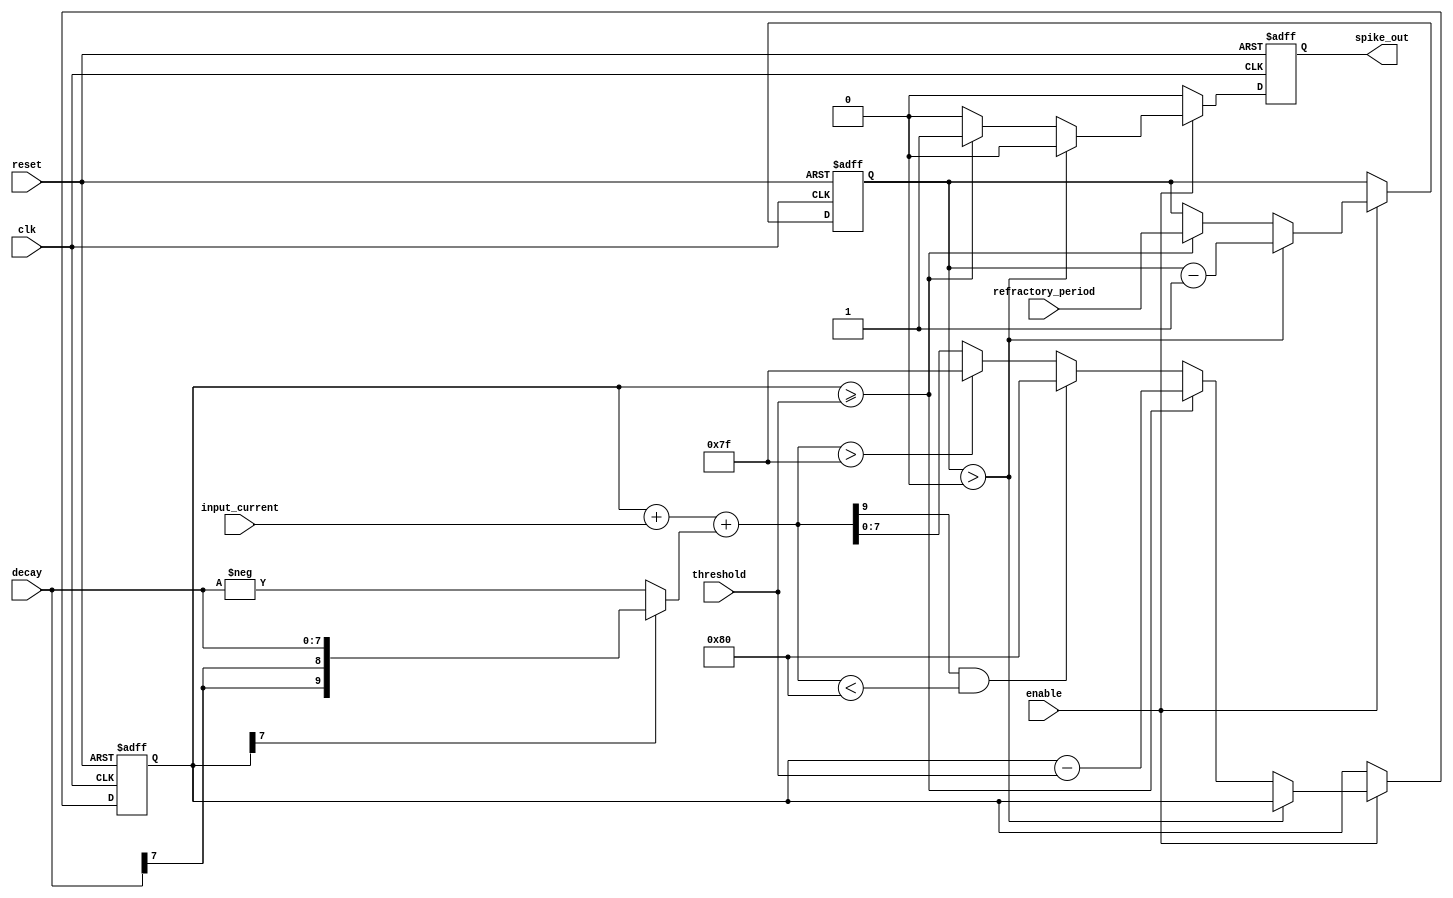
module LeakyIntegrateFireNeuron(
    input clk,                          // Clock signal
    input reset,                        // Asynchronous reset, active high
    input enable,                       // Enable input for updating the neuron
    input [7:0] input_current,          // Input current (I_ext)
    input [7:0] threshold,              // Firing threshold (V_thresh)
    input [7:0] decay,                  // Decay value adjusted based on membrane potential sign
    input [7:0] refractory_period,      // Refractory period in number of clock cycles, now 8 bits
    output reg spike_out                // Output spike signal, renamed from 'fired'
);

    reg [7:0] membrane_potential = 8'b0;  // Membrane potential (V_m), initialized to 0
    reg [7:0] refractory_counter = 8'b0;  // Counter to handle the refractory period, initialized to 0
    wire signed [9:0] potential_update;   // Use a wire for immediate calculation, now 10 bits

    // Correctly perform sign extension when computing potential_update
    assign potential_update = $signed({membrane_potential[7], membrane_potential[7], membrane_potential}) +
                              $signed({input_current[7], input_current[7], input_current}) +
                              (membrane_potential[7] ? $signed({decay[7], decay[7], decay}) : -$signed({decay[7], decay[7], decay}));

    always @(posedge clk or posedge reset) begin
        // Initialize spike_out at the beginning of the block
        spike_out <= 1'b0;

        if (reset) begin
            // Reset all states immediately when reset is high, regardless of clock
            membrane_potential <= 8'b0;
            refractory_counter <= 8'b0;
        end else if (enable) begin  // Only update if enabled
            if (refractory_counter > 0) begin
                // Decrement refractory counter if in refractory period
                refractory_counter <= refractory_counter - 1;
            end else begin
                // Use the calculated potential_update to set the new membrane potential
                if (potential_update[9] && potential_update < -128)  // Negative overflow (checks if negative and exceeds 8-bit lower bound)
                    membrane_potential <= 8'b1000_0000; // Set to -128
                else if (potential_update > 127)  // Positive overflow (checks if exceeds 8-bit upper bound)
                    membrane_potential <= 8'b0111_1111; // Set to 127
                else  // No overflow or underflow
                    membrane_potential <= potential_update[7:0];

                if ($signed(membrane_potential) >= $signed(threshold)) begin
                    // Neuron fires
                    spike_out <= 1'b1;
                    membrane_potential <= $signed(membrane_potential) - $signed(threshold); // Subtracting reset
                    refractory_counter <= refractory_period; // Enter refractory period
                end
            end
        end
    end
endmodule